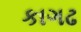
કાગઢ